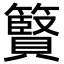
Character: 䉯